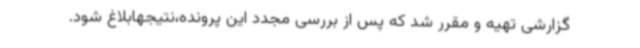
گزارشی تهیه و مقرر شد که پس از بررسی مجدد این پرونده،نتیجهابلاغ شود.